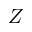
Z